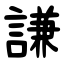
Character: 謙